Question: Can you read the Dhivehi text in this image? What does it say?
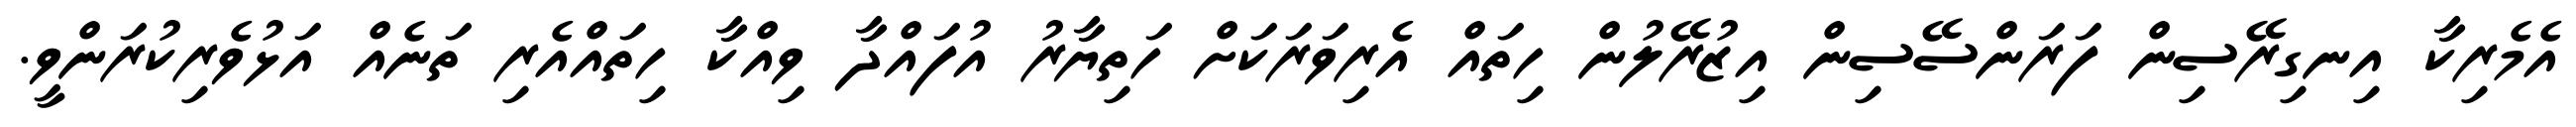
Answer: އެމެރިކާ އިނގިރޭސިން ފަރަންސޭސިން އިޒުރޭލުން ހިތައް އެރިވަރަކަށް ހަތިޔާރު އުފައްދާ ވިއްކާ ހިތައްއެރި ތަނެއް އަޅުވެރިކުރަންވީ.